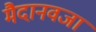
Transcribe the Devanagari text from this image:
मैदानवजा